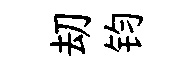
刧钧